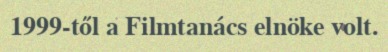
1999-től a Filmtanács elnöke volt.